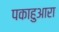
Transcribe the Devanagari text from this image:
पकाहुआरा